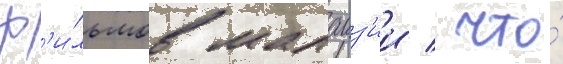
ф'и́льмов малаиз'ии / что́